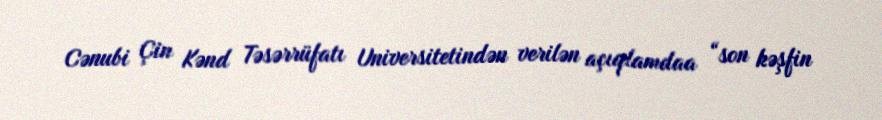
Cənubi Çin Kənd Təsərrüfatı Universitetindən verilən açıqlamdaa “son kəşfin